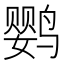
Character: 鹦